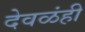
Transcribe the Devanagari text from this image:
देवळंही